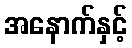
အနောက်နှင့်